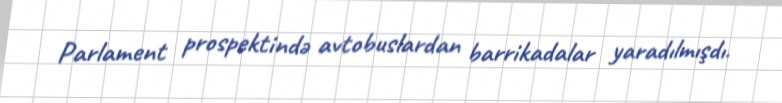
Parlament prospektində avtobuslardan barrikadalar yaradılmışdı.